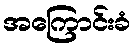
အကြောင်းခံ